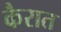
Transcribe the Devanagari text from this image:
कैरात